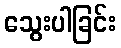
သွေးပါခြင်း